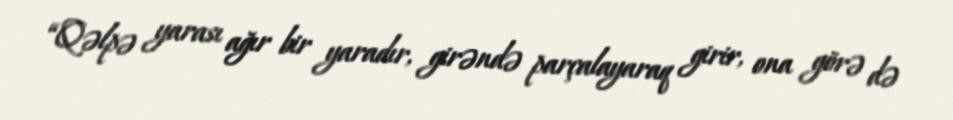
“Qəlpə yarası ağır bir yaradır, girəndə parçalayaraq girir, ona görə də